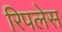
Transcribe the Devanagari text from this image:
रिपलेस